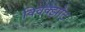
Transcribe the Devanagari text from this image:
क्विक्झोट